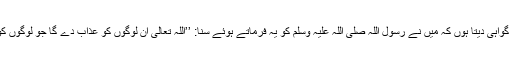
ہشام رضی اللہ عنہ نے فرمایا میں گواہی دیتا ہوں کہ میں نے رسول اللہ صلی اللہ علیہ وسلم کو یہ فرماتے ہوئے سنا: ’’اللہ تعالیٰ ان لوگوں کو عذاب دے گا جو لوگوں کو دنیا میں عذاب دیتے رہتے ہیں‘‘۔